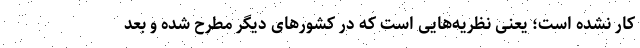
کار نشده است؛ یعنی نظریه‌هایی است که در کشورهای دیگر مطرح شده و بعد